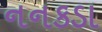
નનકડા